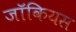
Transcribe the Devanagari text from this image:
जॉकियस